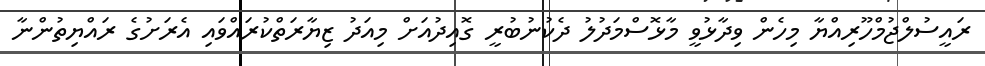
ރައީސުލްޖުމްހޫރިއްޔާ މިހެން ވިދާޅުވީ މާޅޮސްމަދުލު ދެކުނުބުރީ ގޮއިދުއަށް މިއަދު ޒިޔާރަތްކުރައްވައި އެރަށުގެ ރައްޔިތުންނާ